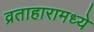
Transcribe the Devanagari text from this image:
व्रताहारामध्ये